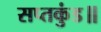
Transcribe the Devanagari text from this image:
सप्तकुंड॥